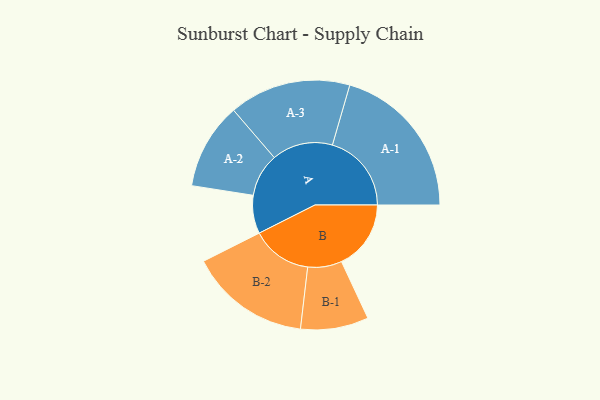
{"axis": {"x": "Segment", "y": "Value"}, "legend": ["", "A", "B"], "data": [{"x": "A", "y": 128, "type": ""}, {"x": "B", "y": 233, "type": ""}, {"x": "A-1", "y": 265, "type": "A"}, {"x": "A-2", "y": 145, "type": "A"}, {"x": "A-3", "y": 204, "type": "A"}, {"x": "B-1", "y": 114, "type": "B"}, {"x": "B-2", "y": 203, "type": "B"}]}